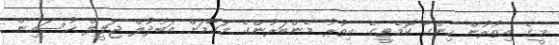
މީގެ އިތުރުން ހިންގާ ކޮމެޓީގެ އިތުރު މެންބަރުންގެ މަޤާމަށް އަބުދުލް ޖަލީލް ހުސައިން